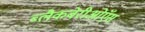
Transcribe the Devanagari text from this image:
ब्लैकबेरीओऍस